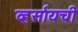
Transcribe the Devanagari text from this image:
व्हर्सायची